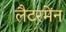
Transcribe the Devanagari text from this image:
लैटरमेंन